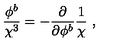
\frac { \phi ^ { b } } { \chi ^ { 3 } } = - \frac { \partial } { \partial \phi ^ { b } } \frac { 1 } { \chi } \ ,